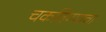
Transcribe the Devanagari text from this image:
चकविण्याचा